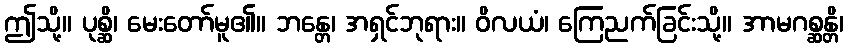
ဤသို့။ ပုစ္ဆိ၊ မေးတော်မူ၏။ ဘန္တေ၊ အရှင်ဘုရား။ ဝိလယံ၊ ကြေညက်ခြင်းသို့။ အာမဂစ္ဆန္တိ၊